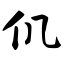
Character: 仉